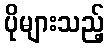
ပိုများသည့်